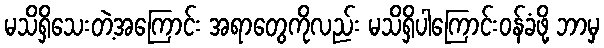
မသိရှိသေးတဲ့အကြောင်း အရာတွေကိုလည်း မသိရှိပါကြောင်းဝန်ခံဖို့ ဘာမှ